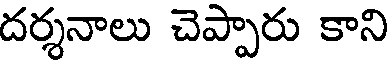
దర్శనాలు చెప్పారు కాని